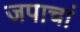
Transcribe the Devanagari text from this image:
जपाचां